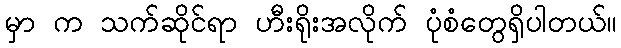
မှာ က သက်ဆိုင်ရာ ဟီးရိုးအလိုက် ပုံစံတွေရှိပါတယ်။